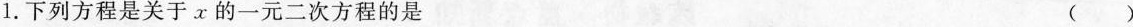
1.下列方程是关于x的一元二次方程的是 ( )